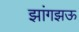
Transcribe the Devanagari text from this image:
झांगझऊ